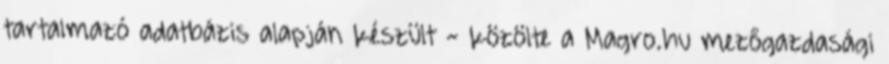
tartalmazó adatbázis alapján készült - közölte a Magro.hu mezőgazdasági